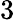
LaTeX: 3